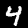
Label: 4